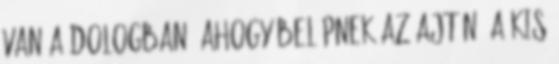
van a dologban. Ahogy belépnek az ajtón, a kis